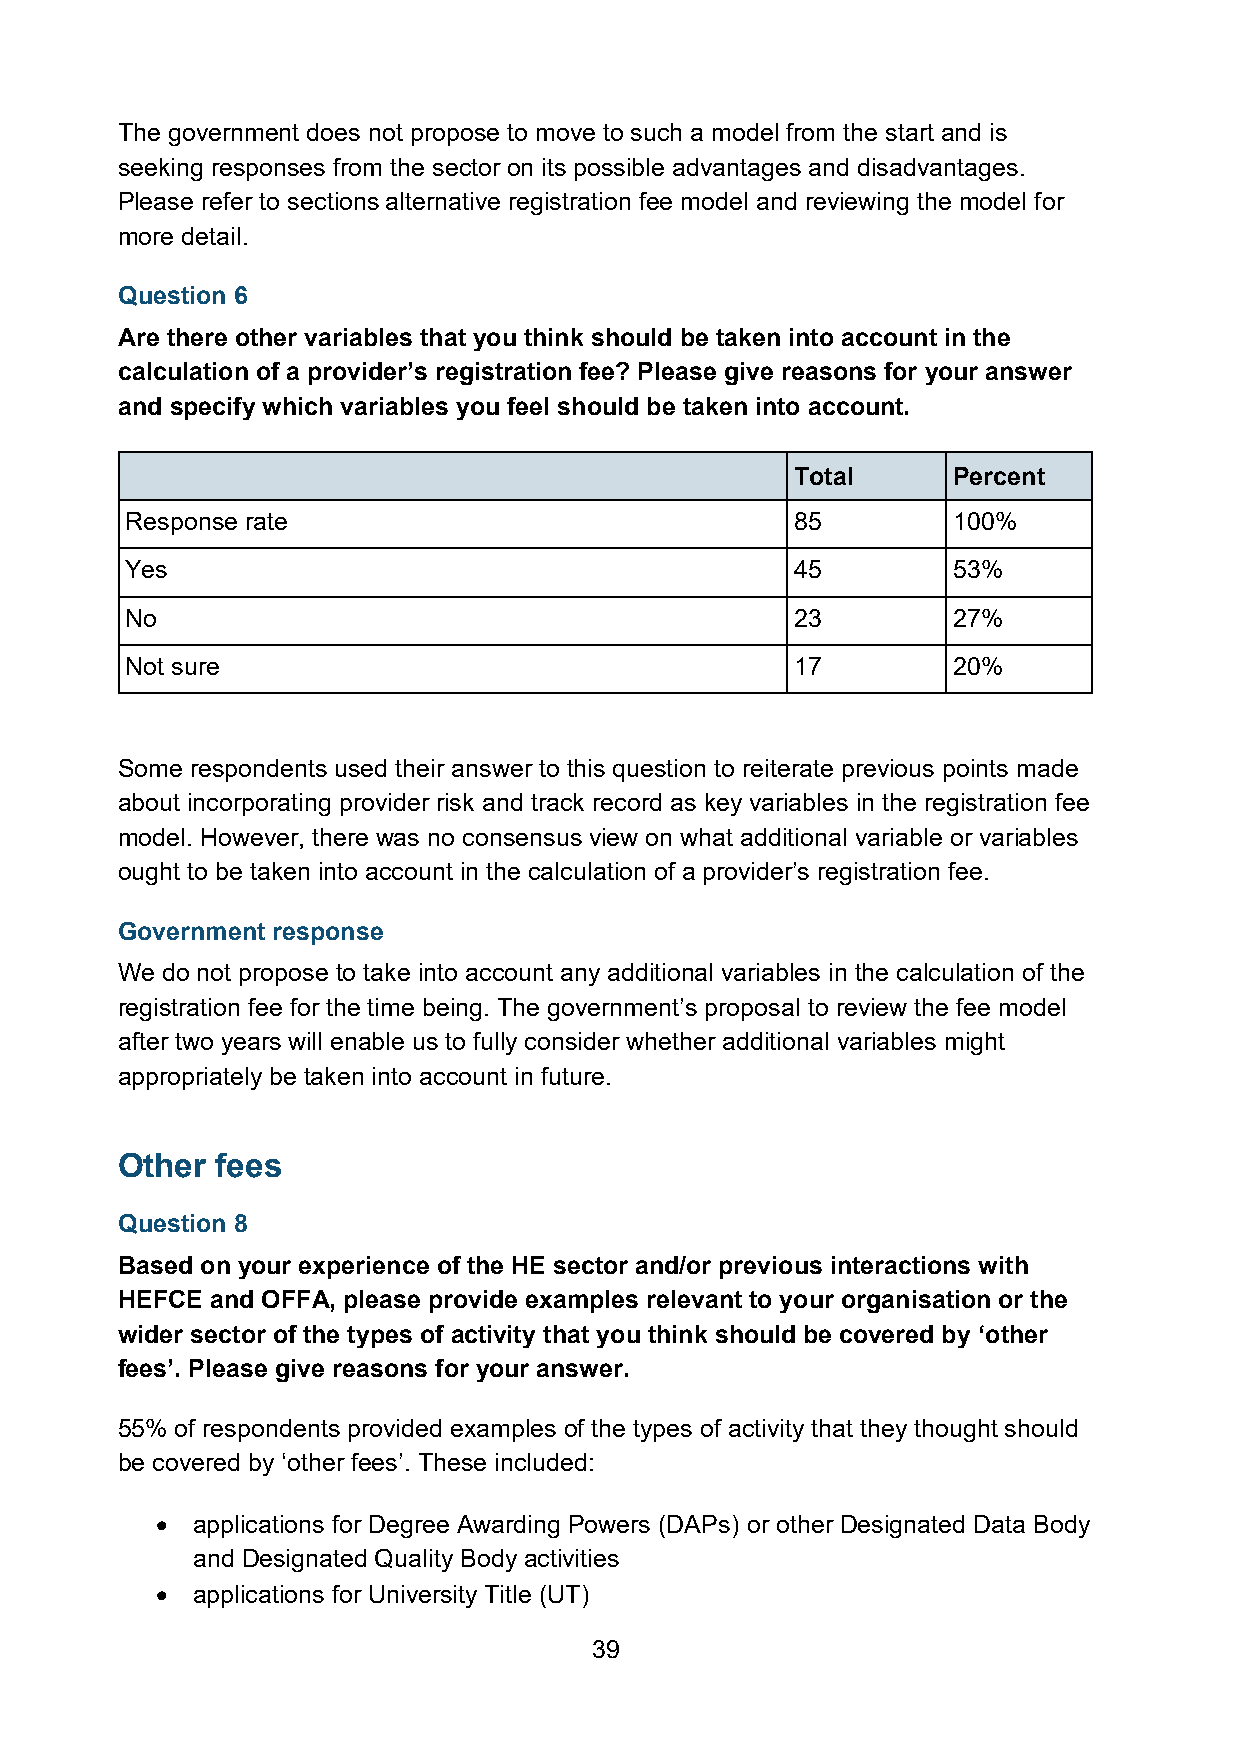
The government does not propose to move to such a model from the start and is
 seeking responses from the sector on its possible advantages and disadvantages.
 Please refer to sections alternative registration fee model and reviewing the model for
 more detail.
 Question 6
 Are there other variables that you think should be taken into account in the
 calculation of a provider’s registration fee? Please give reasons for your answer
 and specify which variables you feel should be taken into account.
 Total     Percent
 Response rate                                85        100%
 Yes                                          45        53%
 No                                           23        27%
 Not sure                                     17        20%
 Some respondents used their answer to this question to reiterate previous points made
 about incorporating provider risk and track record as key variables in the registration fee
 model. However, there was no consensus view on what additional variable or variables
 ought to be taken into account in the calculation of a provider’s registration fee.
 Government response
 We do not propose to take into account any additional variables in the calculation of the
 registration fee for the time being. The government’s proposal to review the fee model
 after two years will enable us to fully consider whether additional variables might
 appropriately be taken into account in future.
 Other fees
 Question 8
 Based on your experience of the HE sector and/or previous interactions with
 HEFCE and OFFA, please provide examples relevant to your organisation or the
 wider sector of the types of activity that you think should be covered by ‘other
 fees’. Please give reasons for your answer.
 55% of respondents provided examples of the types of activity that they thought should
 be covered by ‘other fees’. These included:
 •  applications for Degree Awarding Powers (DAPs) or other Designated Data Body
 and Designated Quality Body activities
 •  applications for University Title (UT)
 39